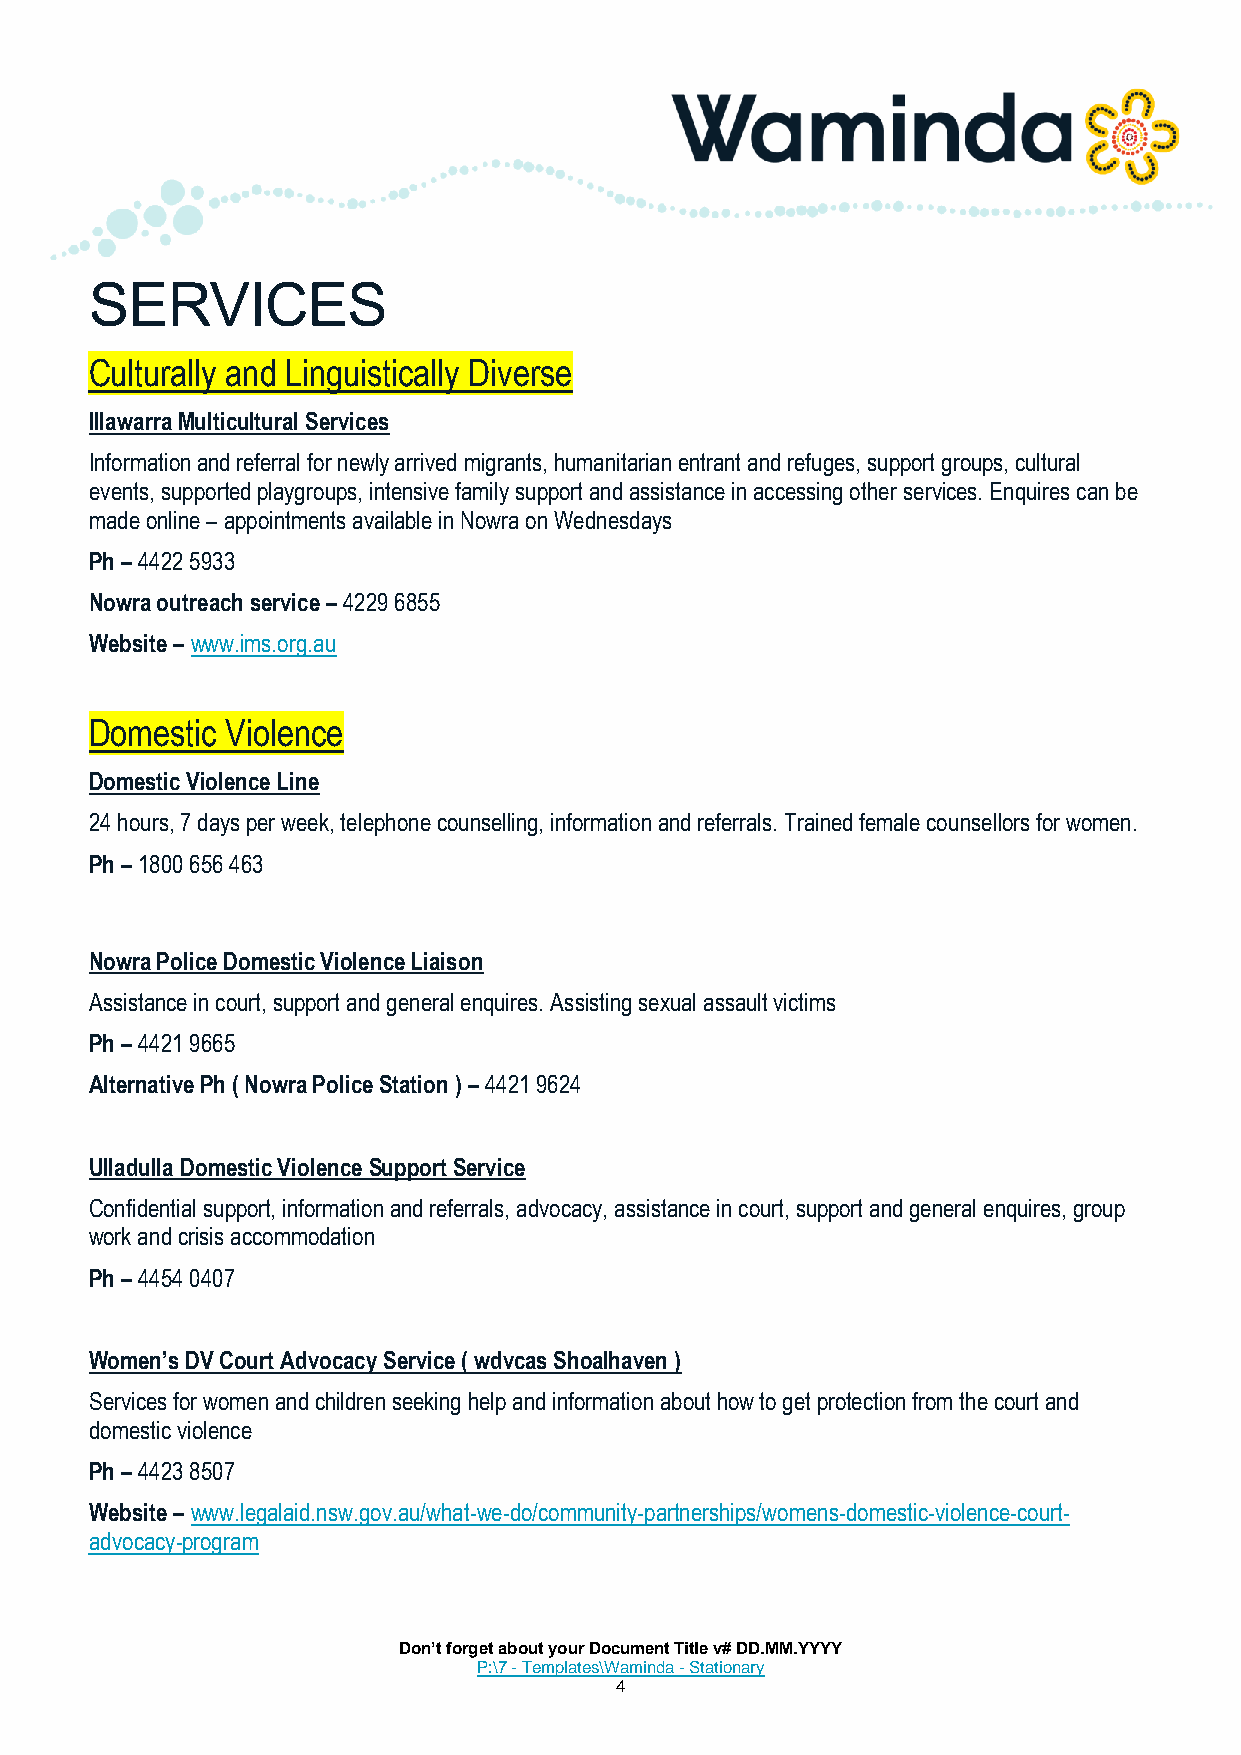
SERVICES
 Culturally and Linguistically Diverse
 Illawarra Multicultural Services
 Information and referral for newly arrived migrants, humanitarian entrant and refuges, support groups, cultural
 events, supported playgroups, intensive family support and assistance in accessing other services. Enquires can be
 made online – appointments available in Nowra on Wednesdays
 Ph – 4422 5933
 Nowra outreach service – 4229 6855
 Website – www.ims.org.au
 Domestic Violence
 Domestic Violence Line
 24 hours, 7 days per week, telephone counselling, information and referrals. Trained female counsellors for women.
 Ph – 1800 656 463
 Nowra Police Domestic Violence Liaison
 Assistance in court, support and general enquires. Assisting sexual assault victims
 Ph – 4421 9665
 Alternative Ph ( Nowra Police Station ) – 4421 9624
 Ulladulla Domestic Violence Support Service
 Confidential support, information and referrals, advocacy, assistance in court, support and general enquires, group
 work and crisis accommodation
 Ph – 4454 0407
 Women’s DV Court Advocacy Service ( wdvcas Shoalhaven )
 Services for women and children seeking help and information about how to get protection from the court and
 domestic violence
 Ph – 4423 8507
 Website – www.legalaid.nsw.gov.au/what-we-do/community-partnerships/womens-domestic-violence-court-
 advocacy-program
 Don’t forget about your Document Title v# DD.MM.YYYY
 P:\7 - Templates\Waminda - Stationary
 4